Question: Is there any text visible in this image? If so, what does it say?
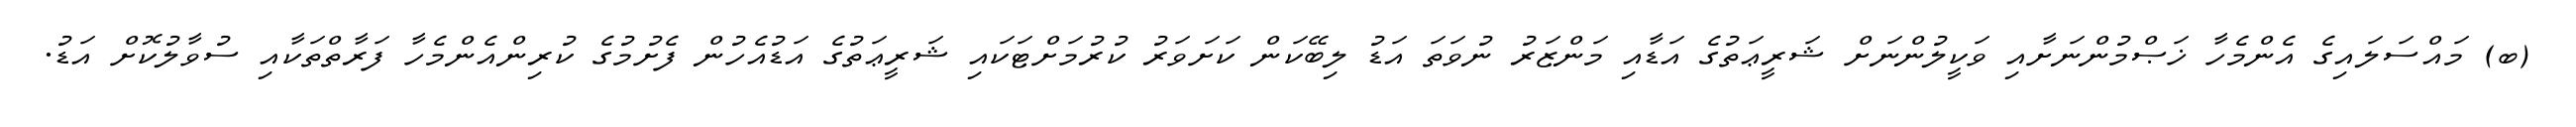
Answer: (ބ) މައްސަލައިގެ އެންމެހާ ޚަޞްމުންނަށާއި ވަކީލުންނަށް ޝަރީޢަތުގެ އަޑާއި މަންޒަރު ނުވަތަ އަޑު ލިބޭކަން ކަށަވަރު ކުރުމަށްޓަކައި ޝަރީޢަތުގެ އަޑުއެހުން ފެށުމުގެ ކުރިންއެންމެހާ ފަރާތްތަކާއި ސުވާލުކޮށް އަޑު.